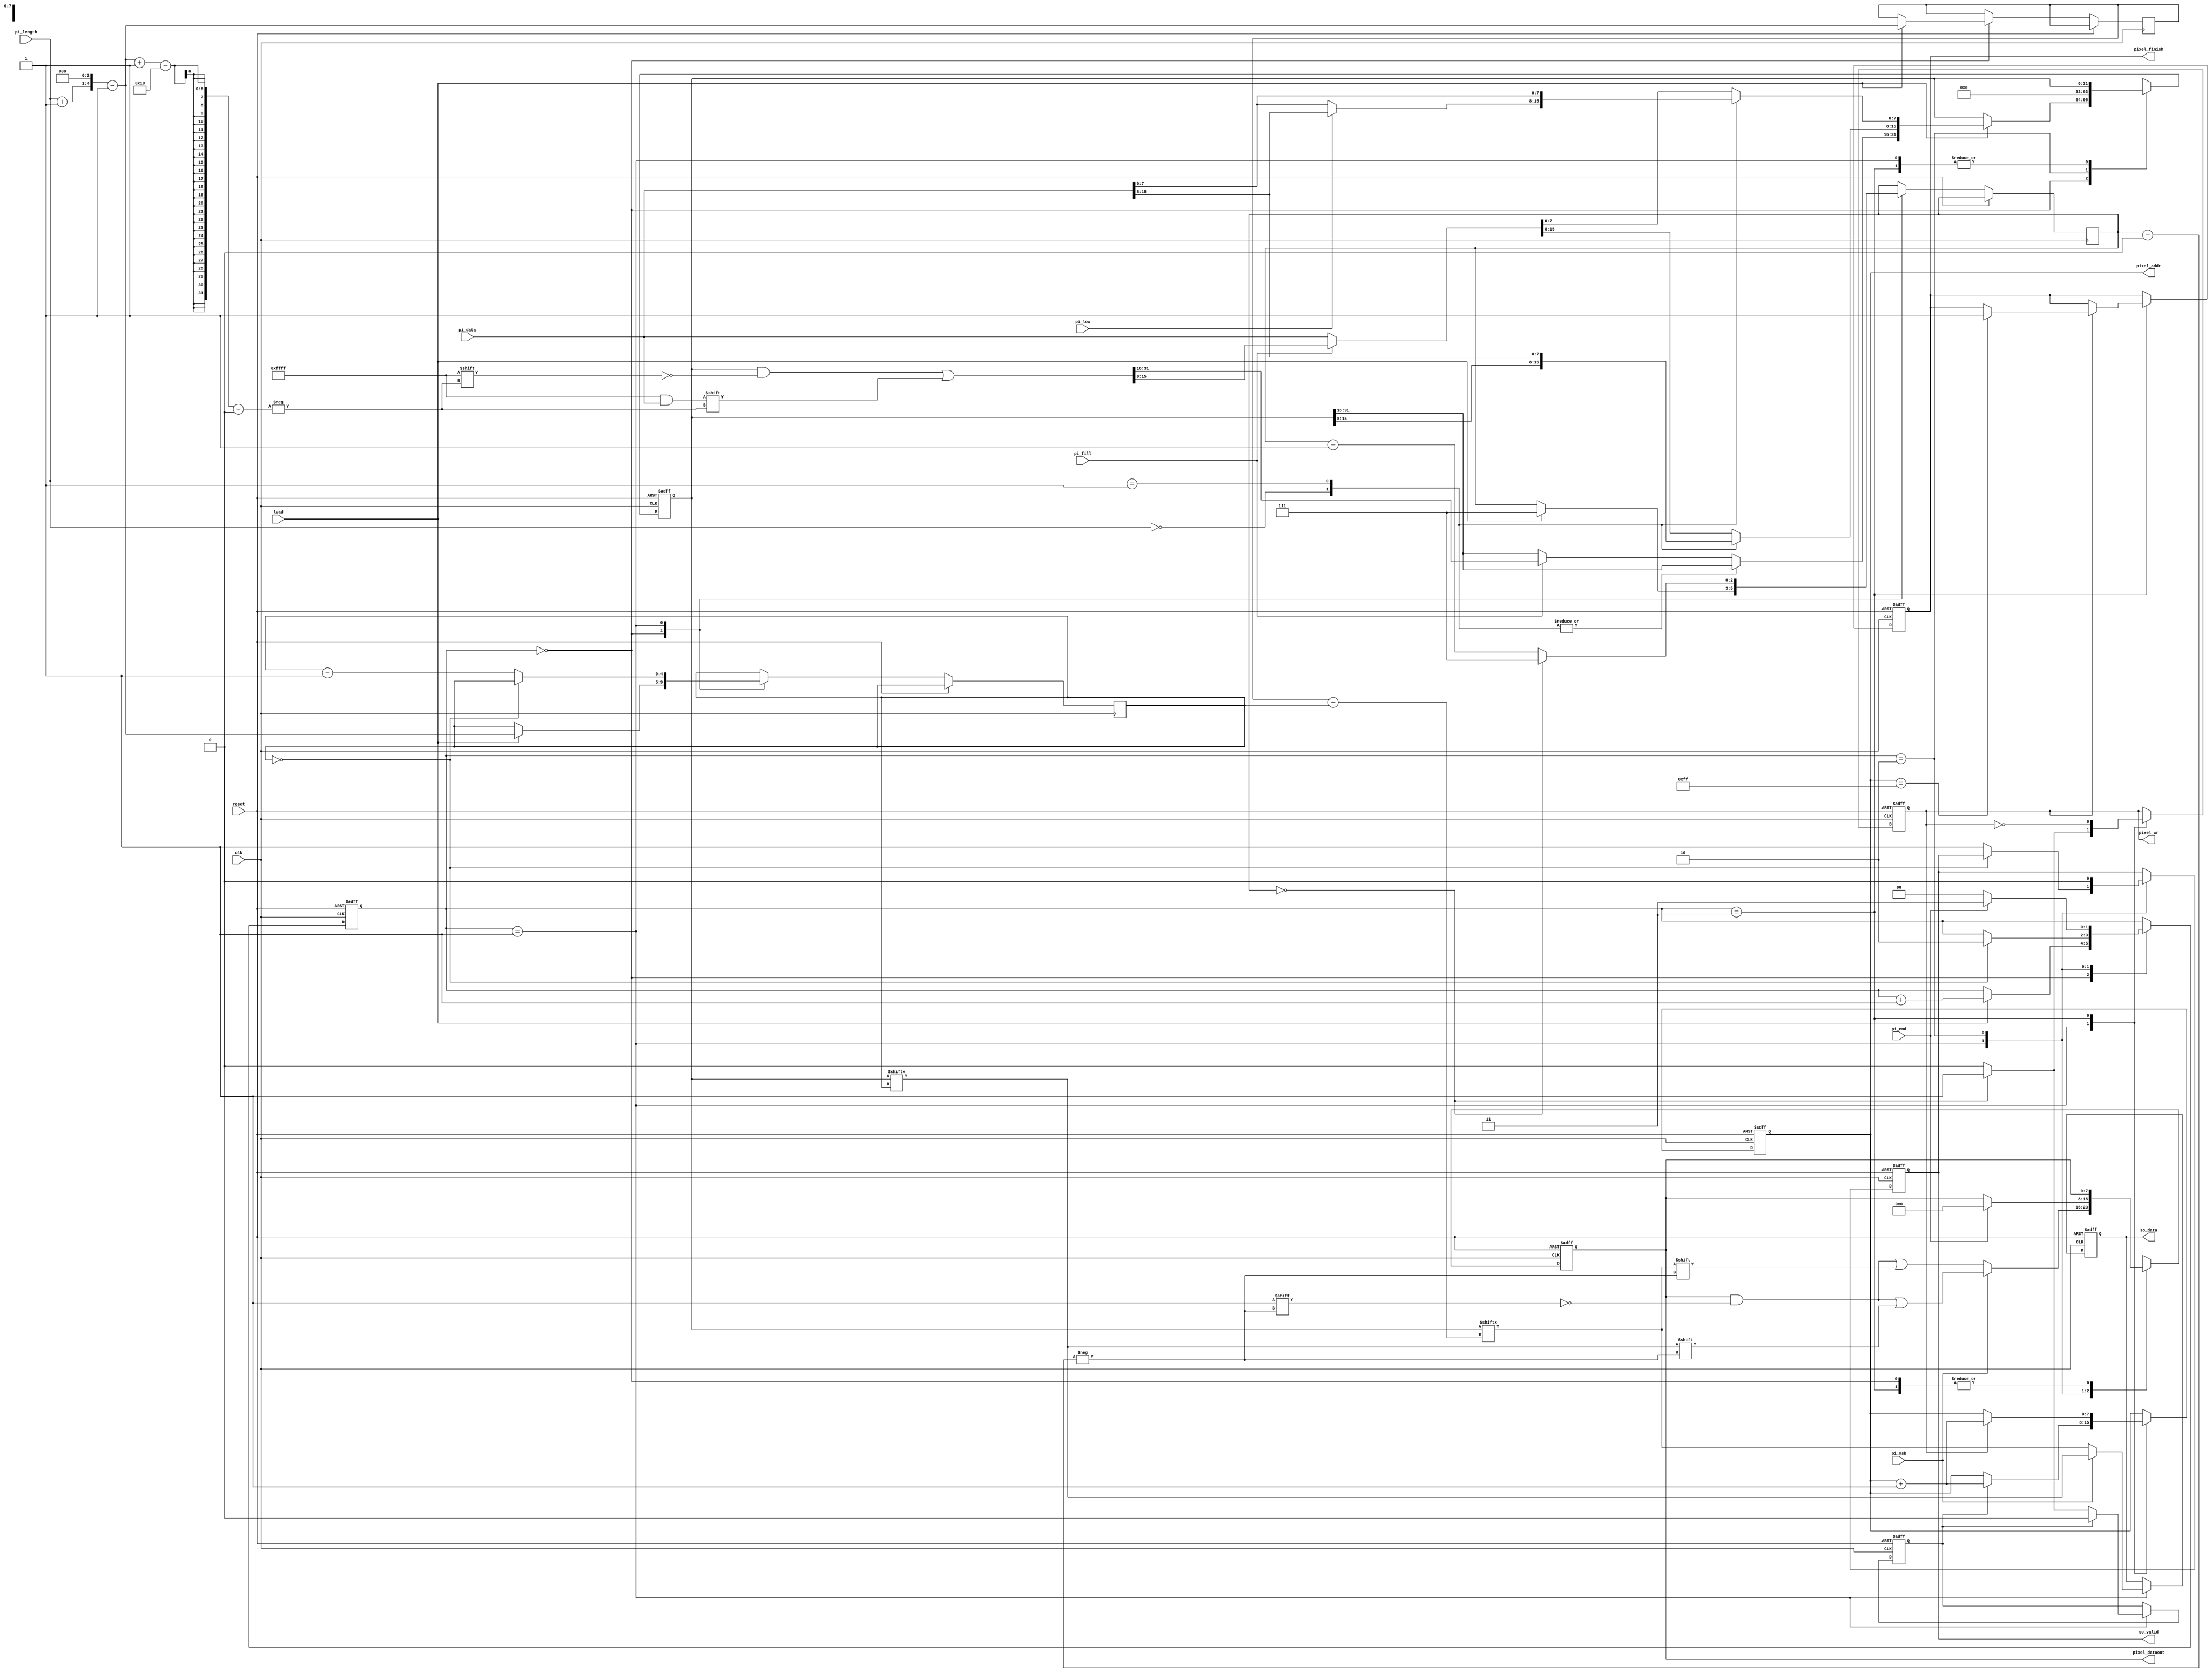
module STI_DAC(clk ,reset, load, pi_data, pi_length, pi_fill, pi_msb, pi_low, pi_end,
	       so_data, so_valid,
	       pixel_finish, pixel_dataout, pixel_addr,
	       pixel_wr);

input		clk, reset;
input		load, pi_msb, pi_low, pi_end; 
input	[15:0]	pi_data;
input	[1:0]	pi_length;
input		pi_fill;
output	reg			so_data, so_valid;
output  reg			pixel_finish, pixel_wr;
output  reg [7:0] 	pixel_addr;
output  reg [7:0] 	pixel_dataout;

reg 		pixel_addr_flag;
reg [1:0] 	state;
reg [4:0] 	len_cnt_so, n_bit_reg;
reg [2:0]	len_cnt_pixel;
reg [31:0]	so_data_buf;

wire [4:0]	n_bit_wire;
assign n_bit_wire = ((pi_length+1) << 3) - 1;

always @ (posedge clk or posedge reset) begin
	if(reset) begin
		so_data <= 0;
		so_valid <= 0;
		pixel_finish <= 0;
		pixel_wr <= 0;
		pixel_addr <= 0;
		pixel_dataout <= 0;
		state <= 0;
		so_data_buf <= 0;
		pixel_addr_flag <= 0;
	end
	else begin
		case(state)
			2'd0: begin // load				
				if(load) begin
					state <= state + 1;
					len_cnt_so <= n_bit_wire;
					n_bit_reg <= n_bit_wire;
					len_cnt_pixel <= 7;
					case(pi_length)
					2'b00: begin
						if(pi_low) begin
							so_data_buf[7:0] <= pi_data[15:8];
						end
						else begin
							so_data_buf[7:0] <= pi_data[7:0]; 
						end
					end
					2'b01: begin
						so_data_buf[15:0] <= pi_data[15:0];
					end
					default: begin // pi_lenth = 24 or 32
						if(pi_fill) begin
							so_data_buf[n_bit_wire-:16] <= pi_data[15:0];
						end
						else begin
							so_data_buf[15:0] <= pi_data[15:0];
						end
					end
					endcase
				end
			end								
			2'd1: begin					
				if(pi_msb) begin
					so_data <= so_data_buf[len_cnt_so];							
					pixel_dataout[len_cnt_pixel] <= so_data_buf[len_cnt_so];
				end
				else begin
					so_data <= so_data_buf[n_bit_reg-len_cnt_so];							
					pixel_dataout[len_cnt_pixel] <= so_data_buf[n_bit_reg-len_cnt_so];
				end

				if(len_cnt_so == 5'd0) begin					
					state <= 2;
				end
				else begin
					so_valid <= 1;
					len_cnt_so <= len_cnt_so - 1;	
				end

				if(len_cnt_pixel == 0) begin //output pixel
					pixel_wr <= 1;
					//pixel_addr <= pixel_addr + 1;
					len_cnt_pixel <= 7;	
					pixel_addr_flag <= 1;				
				end
				else begin
					pixel_wr <= 0;
					len_cnt_pixel <= len_cnt_pixel - 1;
				end
				
				if(pixel_addr_flag) begin
					pixel_addr_flag <= 0;
					pixel_addr <= pixel_addr + 1;
				end
			end
			2'd2: begin
				so_valid <= 0;
				so_data_buf <= 0;
				if(pi_end) begin
					state <= 3;
					pixel_dataout <= 0;
				end
				else begin
					state <= 0;
				end
			end
			2'd3: begin
				pixel_wr <= ~pixel_wr;
				if(pixel_wr) begin
					pixel_addr <= pixel_addr + 1;
					if(pixel_addr == 255) begin
						pixel_finish <= 1;
					end
				end
			end
		endcase
	end
end

endmodule